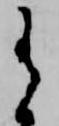
有